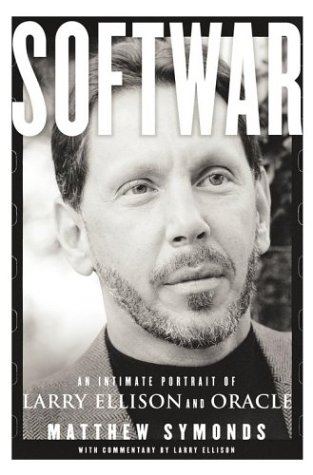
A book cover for Softwar : An Intimate Portrait of Larry Ellison and Oracle; Matthew Symonds; Computers & Technology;